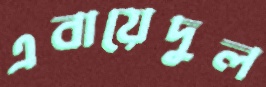
এবায়েদুল